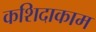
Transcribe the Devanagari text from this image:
कशिदाकाम